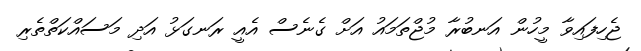
ޖެހިފައިވާ މީހުން އަނބުރާ މުޖްތަމައު އަށް ގެނެސް އެއީ ރަނގަޅު އަދި މަސައްކަތްތެރި